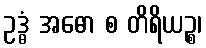
ဥဒ္ဓံ အဓော စ တိရိယဉ္စ၊